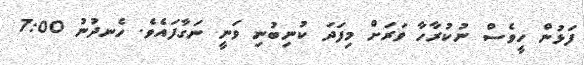
ފަޅުން ހީވެސް ނުކުރާހާ ވަރަށް މިފަދަ ކުނިބުނި ވަނީ ނަގާފައެވެ. ހެނދުނު 7:00